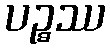
ပဉ္စဿ